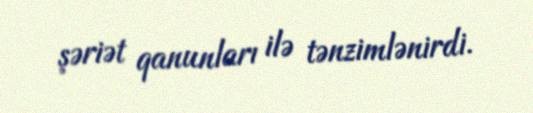
şəriət qanunları ilə tənzimlənirdi.